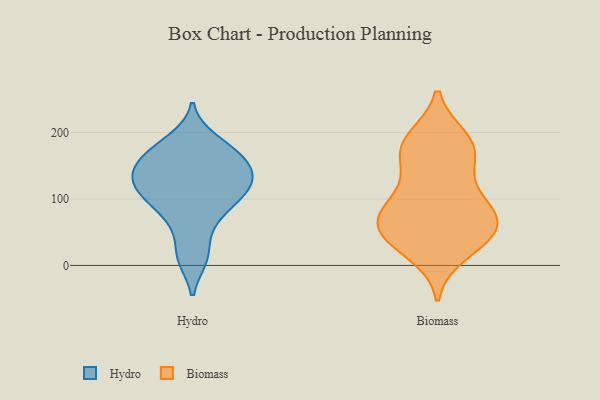
{"axis": {"x": "Revenue (USD Million)", "y": "Value"}, "legend": ["Biomass", "Hydro"], "data": [{"x": "", "y": 128, "type": "Hydro"}, {"x": "", "y": 120, "type": "Hydro"}, {"x": "", "y": 99, "type": "Hydro"}, {"x": "", "y": 56, "type": "Hydro"}, {"x": "", "y": 78, "type": "Hydro"}, {"x": "", "y": 163, "type": "Hydro"}, {"x": "", "y": 150, "type": "Hydro"}, {"x": "", "y": 114, "type": "Hydro"}, {"x": "", "y": 146, "type": "Hydro"}, {"x": "", "y": 153, "type": "Hydro"}, {"x": "", "y": 13, "type": "Hydro"}, {"x": "", "y": 168, "type": "Hydro"}, {"x": "", "y": 123, "type": "Hydro"}, {"x": "", "y": 189, "type": "Hydro"}, {"x": "", "y": 90, "type": "Hydro"}, {"x": "", "y": 11, "type": "Hydro"}, {"x": "", "y": 120, "type": "Hydro"}, {"x": "", "y": 180, "type": "Hydro"}, {"x": "", "y": 47, "type": "Biomass"}, {"x": "", "y": 63, "type": "Biomass"}, {"x": "", "y": 182, "type": "Biomass"}, {"x": "", "y": 81, "type": "Biomass"}, {"x": "", "y": 56, "type": "Biomass"}, {"x": "", "y": 43, "type": "Biomass"}, {"x": "", "y": 75, "type": "Biomass"}, {"x": "", "y": 19, "type": "Biomass"}, {"x": "", "y": 190, "type": "Biomass"}, {"x": "", "y": 181, "type": "Biomass"}, {"x": "", "y": 93, "type": "Biomass"}, {"x": "", "y": 125, "type": "Biomass"}, {"x": "", "y": 36, "type": "Biomass"}, {"x": "", "y": 155, "type": "Biomass"}, {"x": "", "y": 85, "type": "Biomass"}, {"x": "", "y": 175, "type": "Biomass"}]}